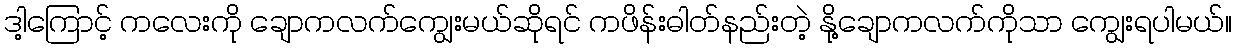
ဒါ့ကြောင့် ကလေးကို ချောကလက်ကျွေးမယ်ဆိုရင် ကဖိန်းဓါတ်နည်းတဲ့ နို့ချောကလက်ကိုသာ ကျွေးရပါမယ်။